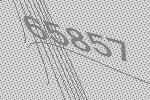
65857